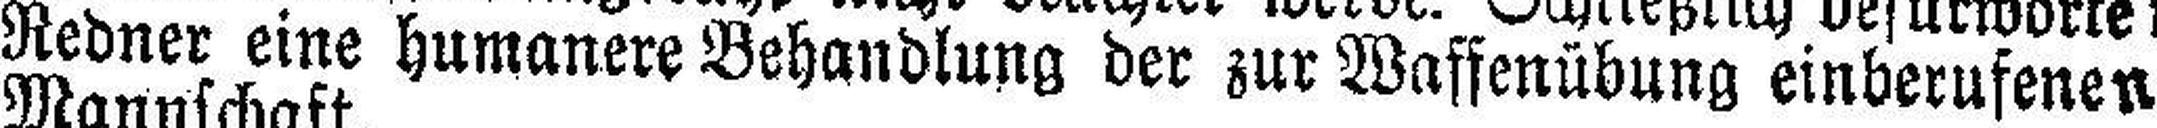
Redner eine humanere Behandlung der zur Waffenübung einberufenen